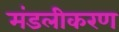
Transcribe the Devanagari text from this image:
मंडलीकरण